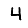
Digit: 4